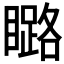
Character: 𱳍